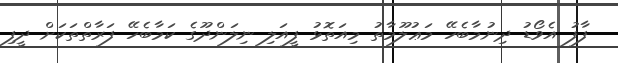
ފާފު އެވޯޑު ދިނުމާބެހޭ މަޢުލޫމާތު މިއަތޮޅު ފީއަލި ނިލަންދޫގެ ކަމާބެހޭ ފަރާތްތަކަށް ދީފި